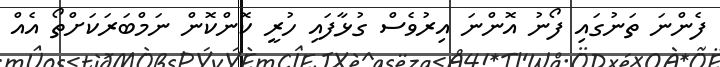
ފެންނަ ތަނުގައި ފޯނު އޮންނަ އިރުވެސް ގުޅާފައި ހުރީ ކޮންކޮން ނަމްބަރަކަށްތޯ އެއް